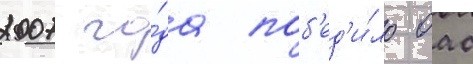
2007 го́да поб'ед'и́ло оао